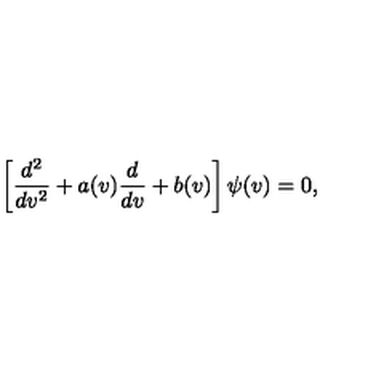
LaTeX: \left[ \frac { d ^ { 2 } } { d v ^ { 2 } } + a ( v ) \frac { d } { d v } + b ( v ) \right] \psi ( v ) = 0 ,